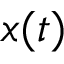
x ( t )